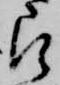
被